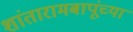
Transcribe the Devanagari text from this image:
शांतारामबापूंच्या